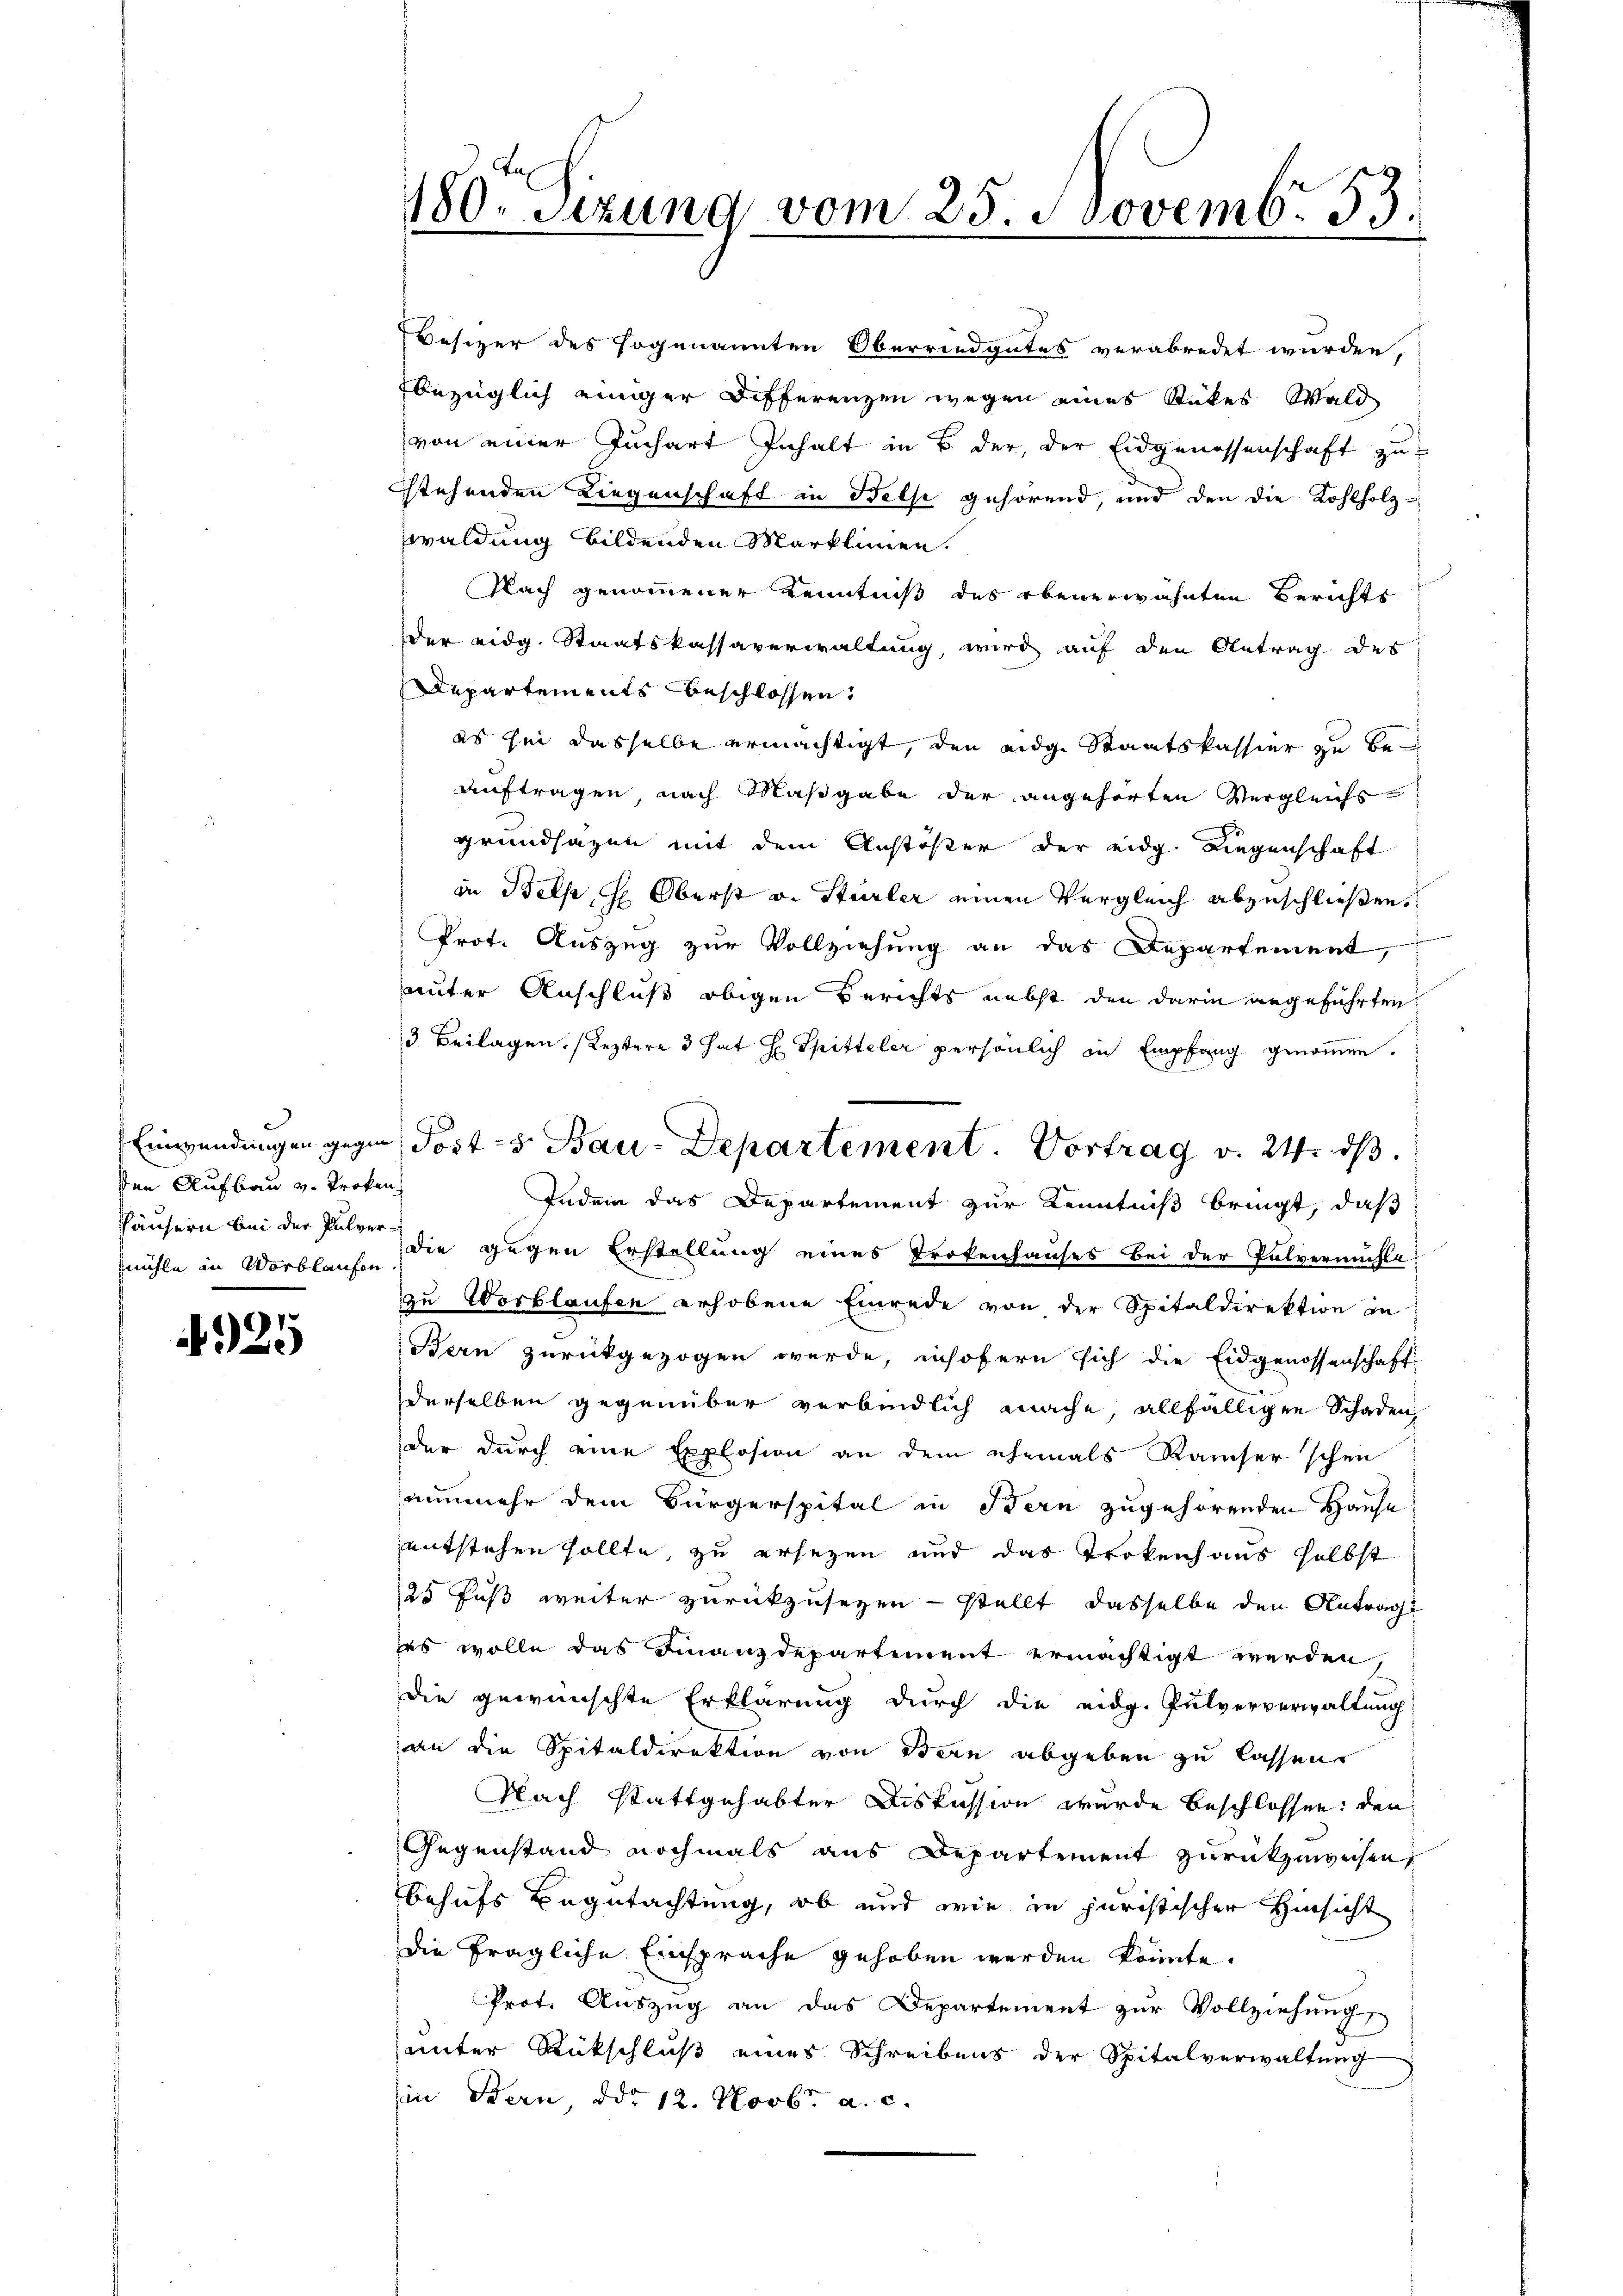
den Aufbau v. Troken
häusern bei der Pulver¬

4925

Besizer des sogenannten Oberriedgutes verabredet wurden,
bezüglich einiger Differenzen wegen eines Stückes Wald
von einer Juchart Inhalt in B. der, der Eidgenossenschaft zu
stehenden Liegenschaft in Felse gehörend, und den die Kohlholz-
waldung bildenden Marklinien.
Nach genommener Kenntniß des ebenerwähnten Berichts
der eidg. Staatskassaverwaltung, wird auf den Antrag des
Departements beschlossen.
es sei dasselbe ermächtigt, den eidg. Staatskassier zu beauftragen nach Maßgabe der angehörten Vergleichs
grundsätzen mit dem Anstößer der eidg. Liegenschaft
in Belp, d Oberst v. Stürler einen Vergleich abzuschließen.
Prot. Auszug zur Vollziehung an das Departement,
auter Anschluß obigen Berichts nebst den darin angeführten
3 Beilagen. (Leztere 3 hat H. Spitteler persönlich in Empfang genoṁen.
Indem das Departement zur Kenntniß bringt, daß
mühle in Vorblaufe die gegen Erstellung eines Trokenhauses bei der Pulvermühle
zu Wortlaufen erhobene Einrede von der Spitaldirektion in
Bern zurückgezogen werde, insofern sich die Eidgenossenschaft-
derselben gegenüber verbindlich mache, allfälligen Schaden
der durch eine Explosion an dem ehemals Kaiser schen
nunmehr dem Bürgerspital in Bern zugehörenden Hause
entstehen sollte, zu ersezen und das Trokenhaus selbst
125 Fuß weiter zurückzusezen - stellt, dasselbe den Antrag
es wolle das Finanzdepartement ermächtigt werden,
die gewünschte Erklärung durch die eidg. Pulververwaltung
an die Spitaldirektion von Bern abgeben zu lassen
Nach stattgehabter Diskussion wurde beschlossen: den
Gegenstand nochmals aus Departement zurückzuweisen,
behufs Begutachtung, ob und wie in juristischer Hinsicht
die fragliche Einsprache gehoben werden könnte.
Prot. Auszug an das Departement zur Vollziehung
unter Rückschluß eines Schreibens der Spitalverwaltung
in Bern, ddo 12. Novbr. a. c.

180. Sitzung vom 25. Novemb. 53.

Einwendungen gegen Posts Bau-Departement. Vortrag v. 24. ds.